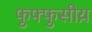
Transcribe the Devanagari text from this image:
फुफ्फुसीय़